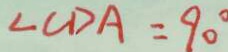
\angle C D A = 9 0 ^ { \circ }